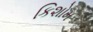
કિશોમ